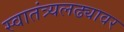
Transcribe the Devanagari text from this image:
स्वातंत्र्यलढ्यावर